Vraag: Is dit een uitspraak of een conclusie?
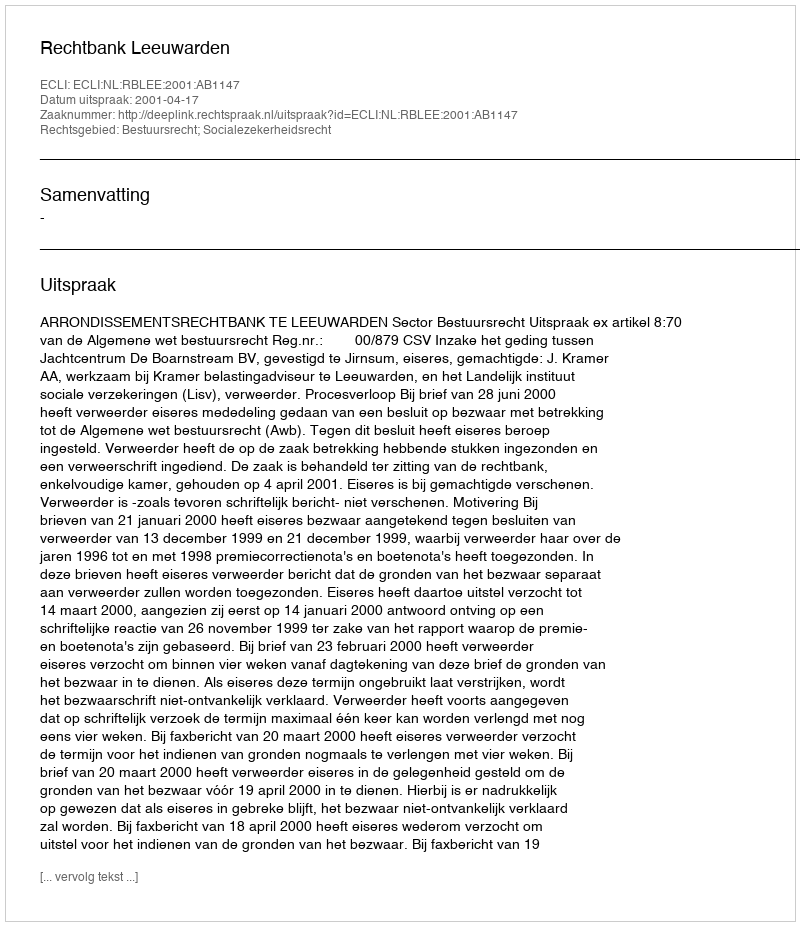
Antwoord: Uitspraak